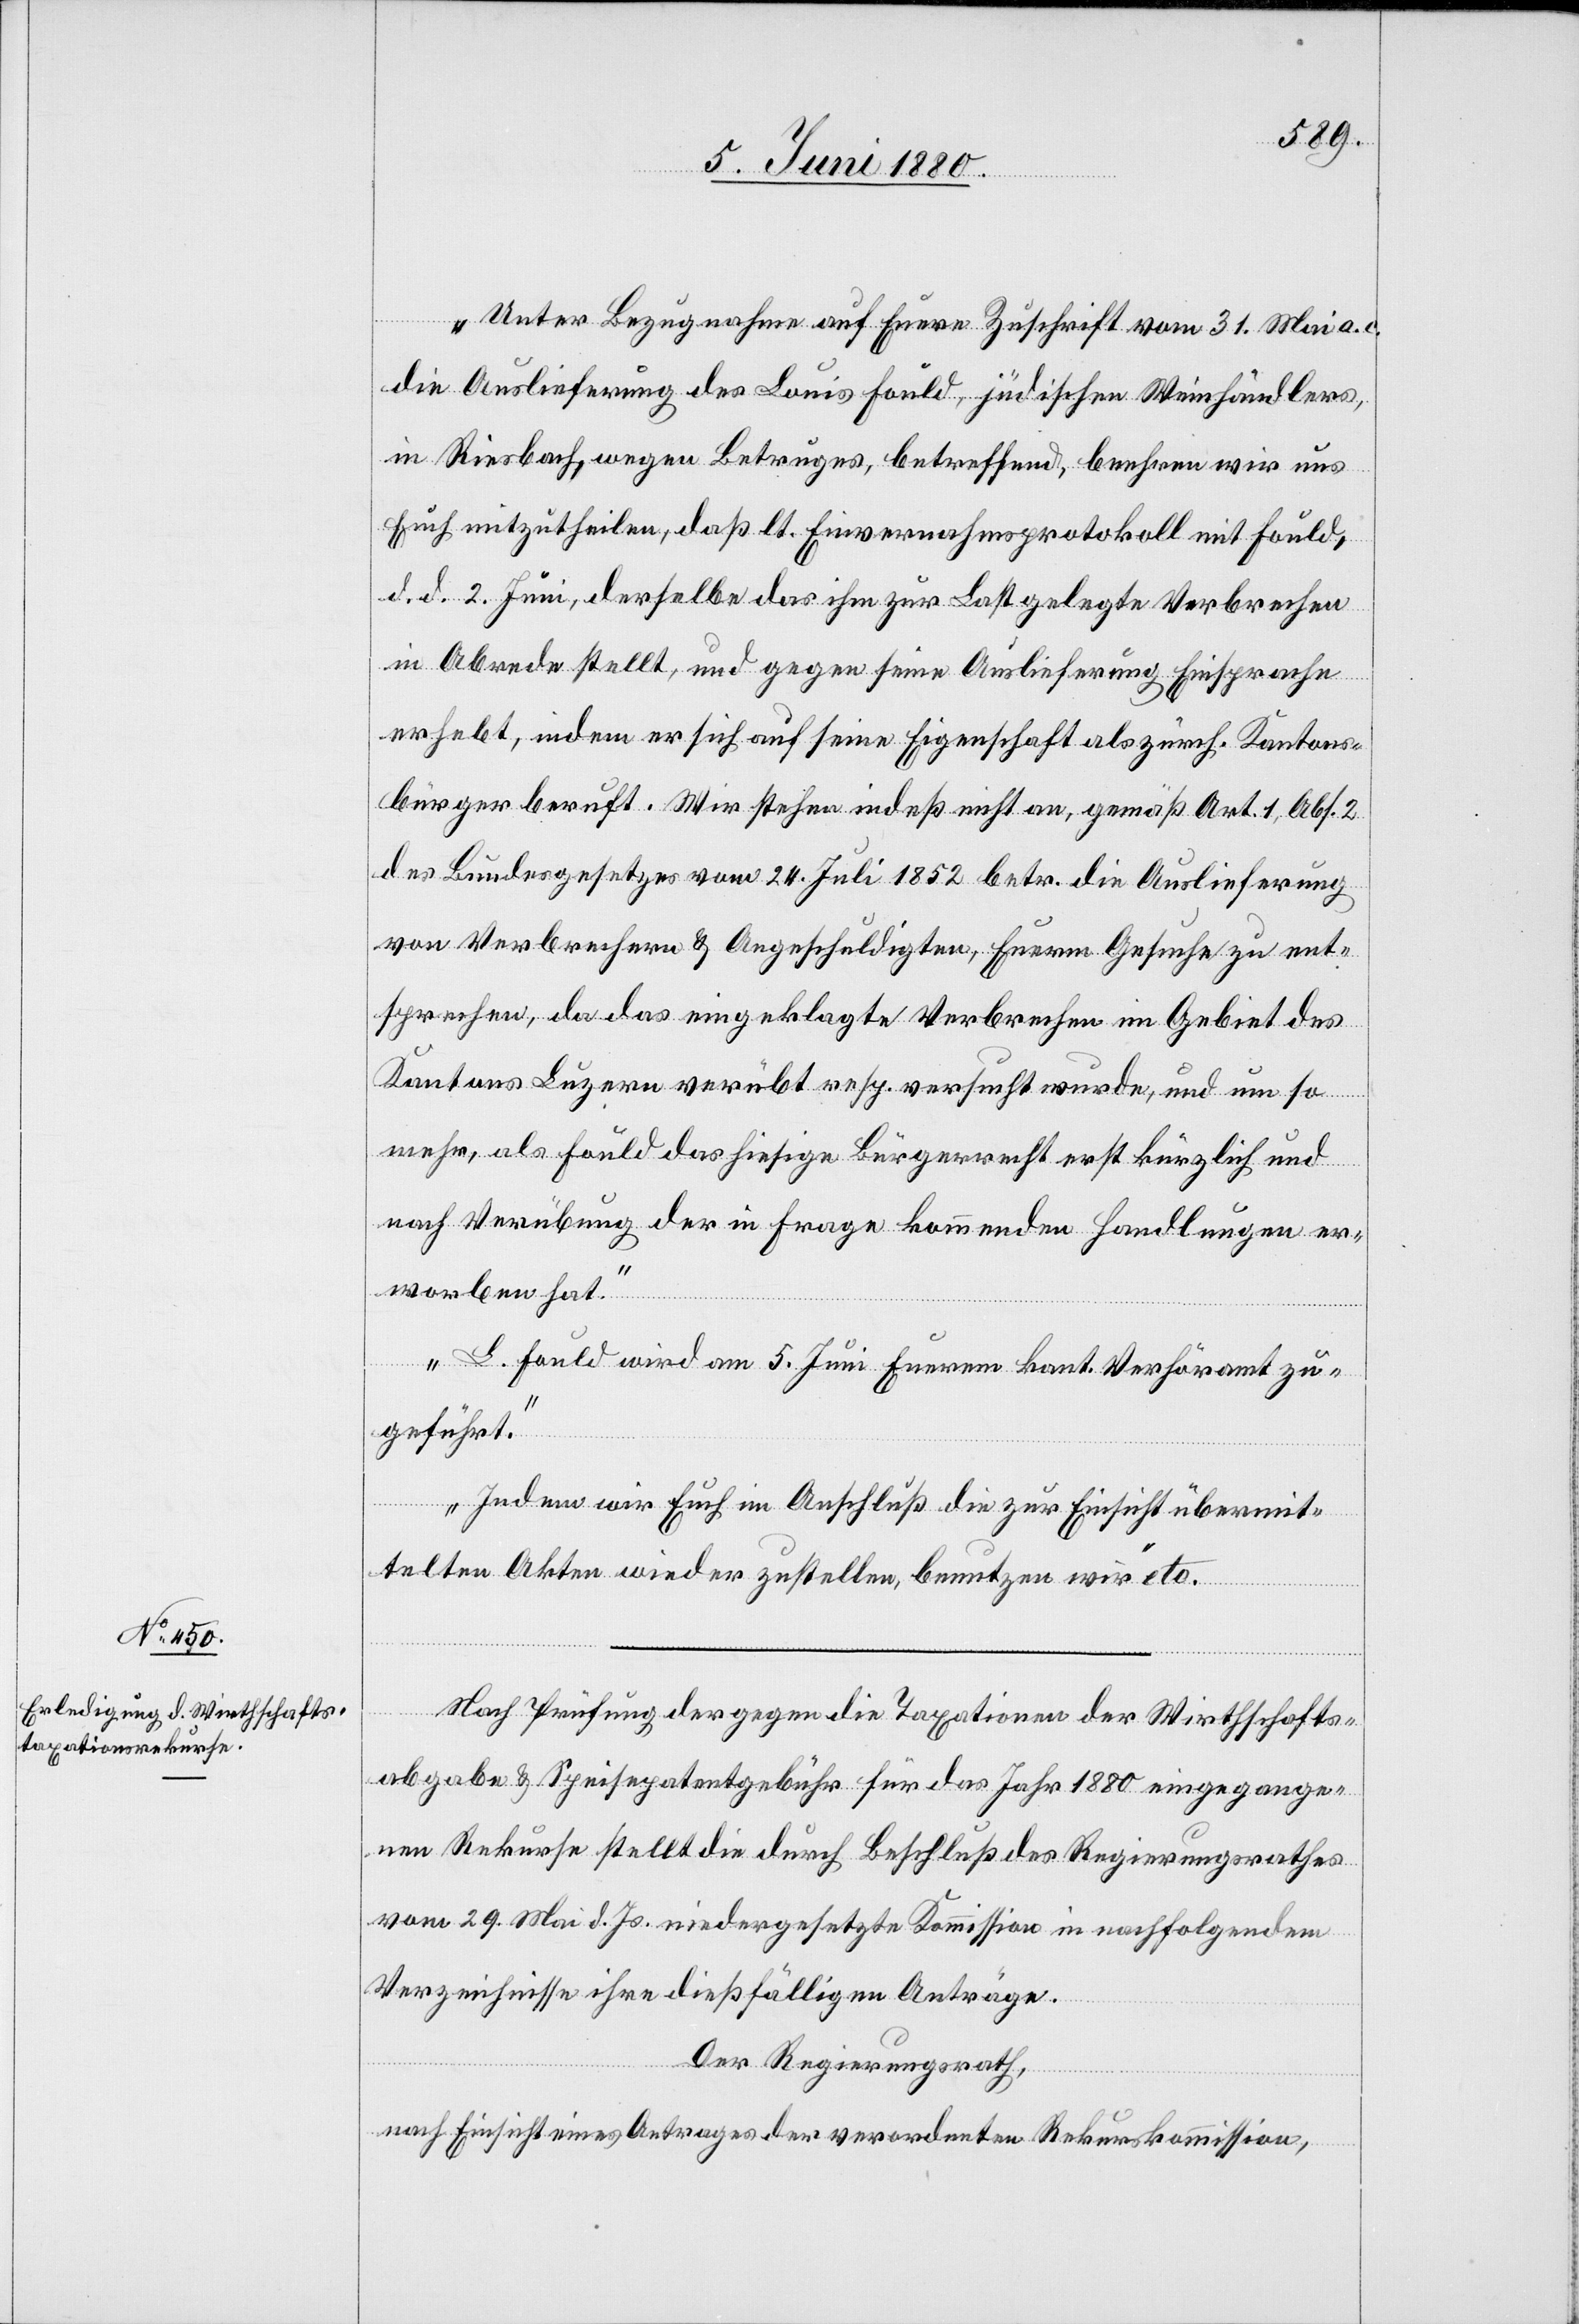
„Unter Bezugnahme auf Euere Zuschrift vom 31. Mai a. c.
die Auslieferung des Louis Fould, jüdischer Weinhändler
in Riesbach, wegen Betruges, betreffend, beehren wir uns
Euch mitzutheilen, daß lt. Einvernahmsprotokoll mit Fould,
d. d. 2. Juni, derselbe das ihm zur Last gelegte Verbrechen
in Abrede stellt, und gegen seine Auslieferung Einsprache
erhebt, indem er sich auf seine Eigenschaft als zürch. Kantons¬
bürger beruft. Wir stehen indeß nicht an, gemäß Art. 1, Abs. 2
des Bundesgesetzes vom 24. Juli 1852 betr. die Auslieferung
von Verbrechern & Angeschuldigten, Euerem Gesuche zu ent¬
sprechen, da das eingeklagte Verbrechen im Gebiet des
Kantons Luzern verübt resp. versucht wurde, und um so
mehr, als Fould das hiesige Bürgerrecht erst kürzlich und
nach Verübung der in Frage kommenden Handlungen er¬
worben hat.
L. Fould wird am 5. Juni Euerem kant. Verhöramt zu¬
geführt.
Indem wir Euch im Anschluß die zur Einsicht übermit¬
telten Akten wieder zustellen, benutzen wir“ etc.
Nach Prüfung der gegen die Taxationen der Wirthschafts¬
abgabe & Speisepatentgebühr für das Jahr 1880 eingegange¬
nen Rekurse stellt die durch Beschluß des Regierungsrathes
vom 29. Mai d. Js. niedergesetzte Kommission in nachfolgendem
Verzeichnisse ihre dießfälligen Anträge.
Der Regierungsrath,
nach Einsicht eines Antrages der verordneten Rekurskommission,